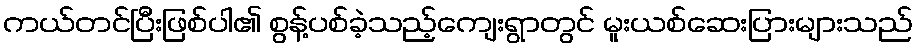
ကယ်တင်ပြီးဖြစ်ပါ၏ စွန့်ပစ်ခဲ့သည့်ကျေးရွာတွင် မူးယစ်ဆေးပြားများသည်